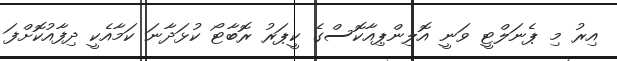
އިރު މި ޕެނަލްޓީ ވަނީ އޮލިންޕިއާކޮސްގެ ކީޕަރު ރޮބާޓޯ ކުޅަދާނަ ކަމާއެކީ ދިފާއުކޮށްފަ